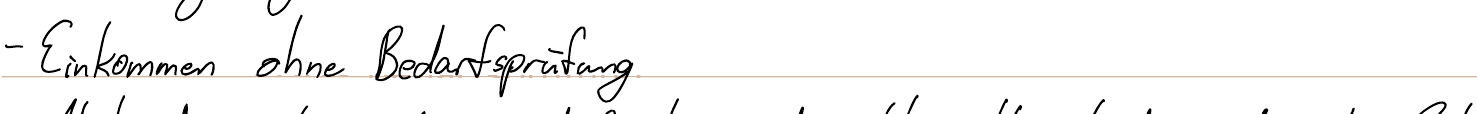
- Einkommen ohne Bedarfsprüfung